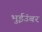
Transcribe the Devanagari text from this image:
भुईउंबर